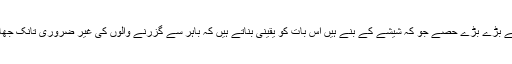
سامنے کے بڑے بڑے حصے جو کہ شیشے کے بنے ہیں اس بات کو یقینی بناتے ہیں کہ باہر سے گزرنے والوں کی غیر ضروری تانک جھانک نہ ہو۔